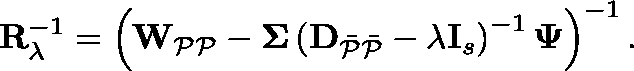
\mathbf { R } _ { \lambda } ^ { - 1 } = \left( \mathbf { W } _ { \mathcal { P P } } - \mathbf { \Sigma } \left( \mathbf { D } _ { \mathcal { \Bar { P } \Bar { P } } } - \lambda \mathbf { I } _ { s } \right) ^ { - 1 } \mathbf { \Psi } \right) ^ { - 1 } .